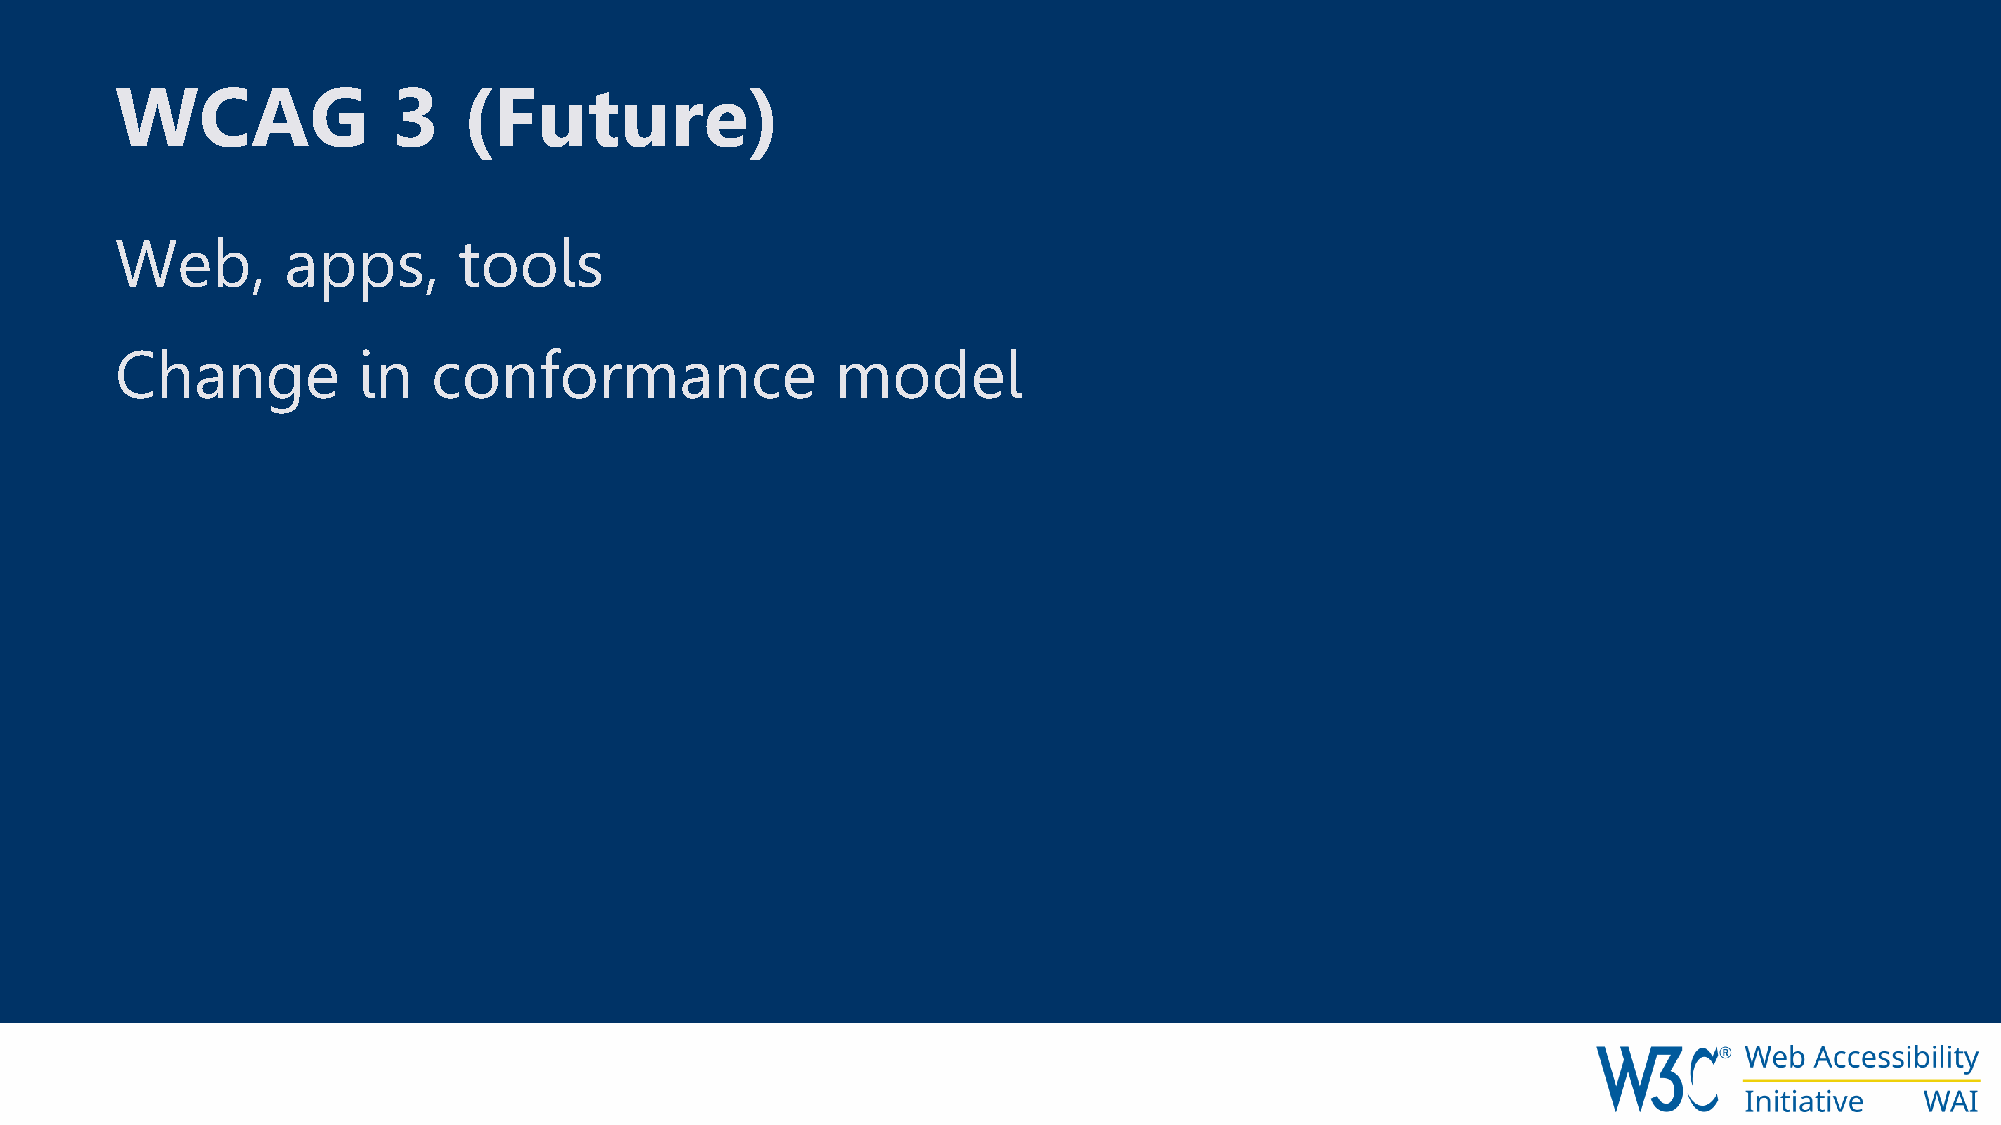
WCAG              3    (Future)
 Web,       apps,      tools
 Change          in   conformance               model
 W3
 r'®
 Web  Accessibility
 V   Initiative WAI